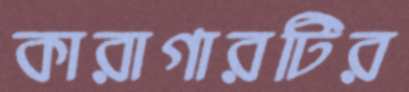
কারাগারটির